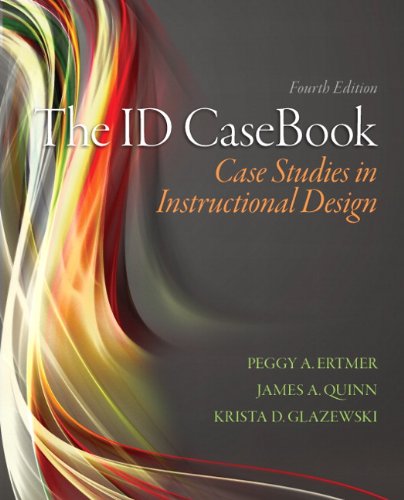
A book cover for The ID CaseBook: Case Studies in Instructional Design (4th Edition); Peggy A. Ertmer; Education & Teaching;